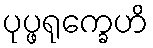
ပုပ္ဖရုက္ခေဟိ